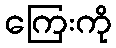
ကြေးကို